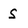
Character: s